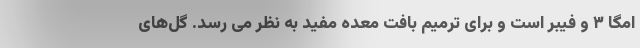
امگا ۳ و فیبر است و برای ترمیم بافت معده مفید به نظر می رسد. گل‌های